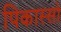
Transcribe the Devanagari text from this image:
पिकास्सो